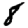
Digit: 8